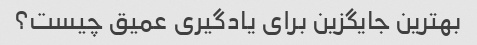
بهترین جایگزین برای یادگیری عمیق چیست؟